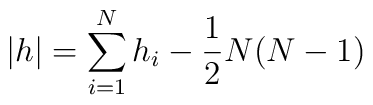
|h| = \sum_{i=1}^N h_i - \frac{1}{2}N(N-1)